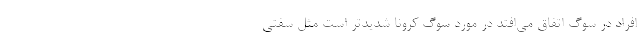
افراد در سوگ اتفاق می‌افتد در مورد سوگ کرونا شدیدتر است مثل سفتی